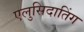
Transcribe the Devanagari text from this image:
एलुसिदातिंग